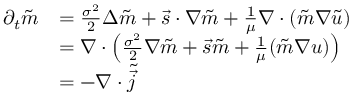
\begin{array} { r l } { \partial _ { t } \tilde { m } } & { = \frac { \sigma ^ { 2 } } { 2 } \Delta \tilde { m } + \vec { s } \cdot \nabla \tilde { m } + \frac { 1 } { \mu } \nabla \cdot ( \tilde { m } \nabla \tilde { u } ) } \\ & { = \nabla \cdot \left( \frac { \sigma ^ { 2 } } { 2 } \nabla \tilde { m } + \vec { s } \tilde { m } + \frac { 1 } { \mu } ( \tilde { m } \nabla u ) \right) } \\ & { = - \nabla \cdot \tilde { \vec { j } } } \end{array}